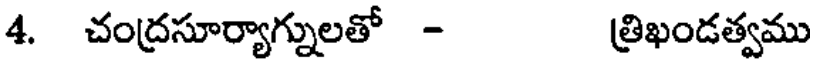
4. చంద్రసూర్యాగ్నులతో - త్రిఖండత్వము